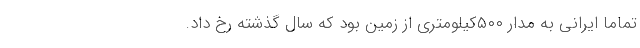
تماما ایرانی به مدار ۵۰۰کیلومتری از زمین بود که سال گذشته رخ داد.